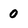
Character: 0